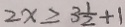
2 x \geq 3 \frac { 1 } { 2 } + 1